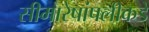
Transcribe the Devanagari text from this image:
सीमारेषांपलीकडे